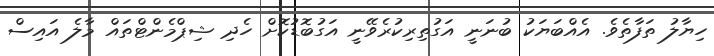
ހިޔާލު ތަފާތެވެ. އެއްބަޔަކު ބުނަނީ އަގުތިރިކުރެވޭނީ އަގުބޮޑުކޮށް ހެދި ޝިޕްމެންޓްތައް މާލެ އައިސް